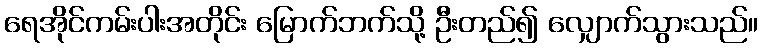
ရေအိုင်ကမ်းပါးအတိုင်း မြောက်ဘက်သို့ ဦးတည်၍ လျှောက်သွားသည်။